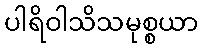
ပါရိဝါသိသမုစ္စယာ